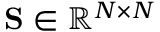
{ \bf S } \in \mathbb { R } ^ { N \times N }